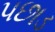
પછાડ